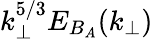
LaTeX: k_{\perp}^{5/3}E_{B_{A}}(k_{\perp})